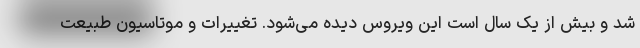
شد و بیش از یک سال است این ویروس دیده می‌شود. تغییرات و موتاسیون طبیعت